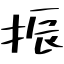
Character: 振